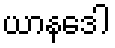
ယာနဒေါ